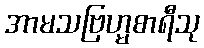
အာမသဗြဟ္မစာရီသု